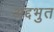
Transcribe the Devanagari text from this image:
अद्दभुत